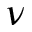
\nu